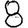
Digit: 8